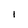
Character: I